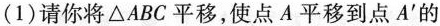
(1)请你将\bigtriangleup ABC平移，使点A平移到点A^{\prime}的